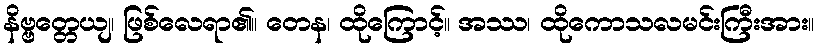
နိဗ္ဗတ္တေယျ၊ ဖြစ်လေရာ၏။ တေန၊ ထိုကြောင့်။ အဿ၊ ထိုကောသလမင်းကြီးအား။